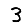
Digit: 3